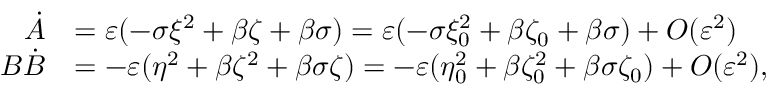
\begin{array} { r l } { \dot { A } } & { = \varepsilon ( - \sigma \xi ^ { 2 } + \beta \zeta + \beta \sigma ) = \varepsilon ( - \sigma \xi _ { 0 } ^ { 2 } + \beta \zeta _ { 0 } + \beta \sigma ) + O ( \varepsilon ^ { 2 } ) } \\ { B \dot { B } } & { = - \varepsilon ( \eta ^ { 2 } + \beta \zeta ^ { 2 } + \beta \sigma \zeta ) = - \varepsilon ( \eta _ { 0 } ^ { 2 } + \beta \zeta _ { 0 } ^ { 2 } + \beta \sigma \zeta _ { 0 } ) + O ( \varepsilon ^ { 2 } ) , } \end{array}